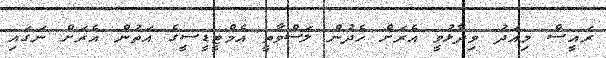
ރައީސް މިއަދު ވިދާޅުވީ އެރަށް ހެދުން ލަސްވާތީ އެމްޓީޑީސީގެ އަތުން އެރަށް ނަގައި